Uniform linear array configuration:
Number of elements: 24
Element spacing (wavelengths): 0.75
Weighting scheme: uniform
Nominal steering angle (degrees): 15
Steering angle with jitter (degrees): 16.235
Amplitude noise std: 0.05
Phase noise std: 0.05

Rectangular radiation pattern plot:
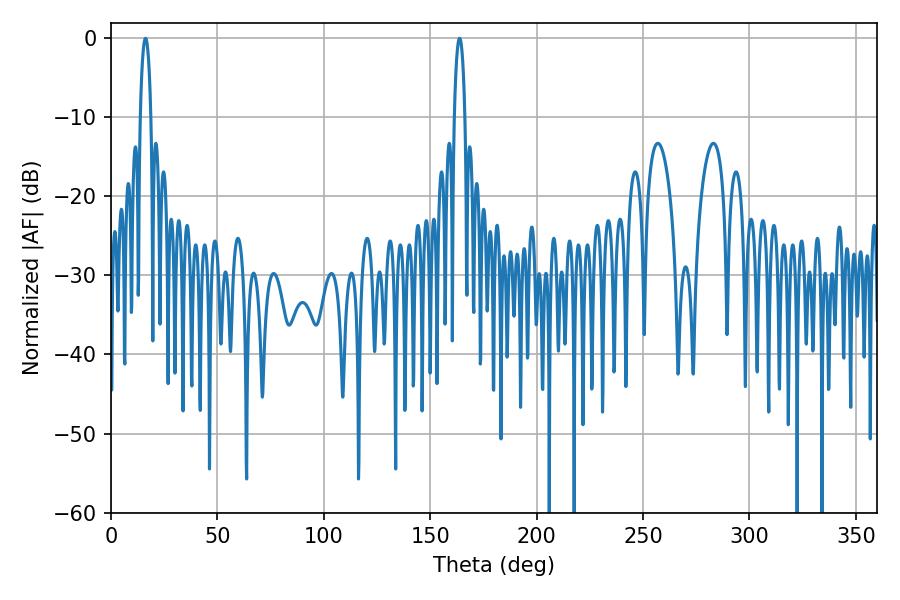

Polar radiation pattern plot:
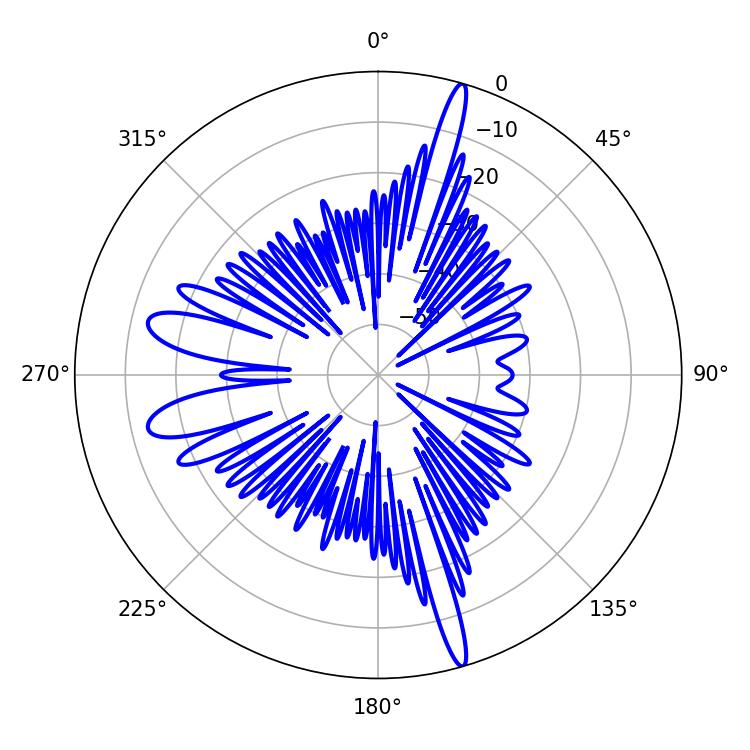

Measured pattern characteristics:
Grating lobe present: TRUE
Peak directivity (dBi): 20.67
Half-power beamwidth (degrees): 2.88
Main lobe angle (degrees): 16.2